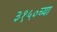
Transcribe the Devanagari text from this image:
३१५०च्या